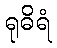
ရုဓိရံ